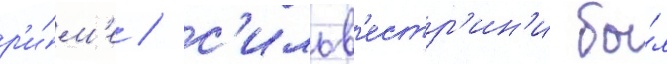
р'и́м'е / с'ильв'естр'ин'и бы́л